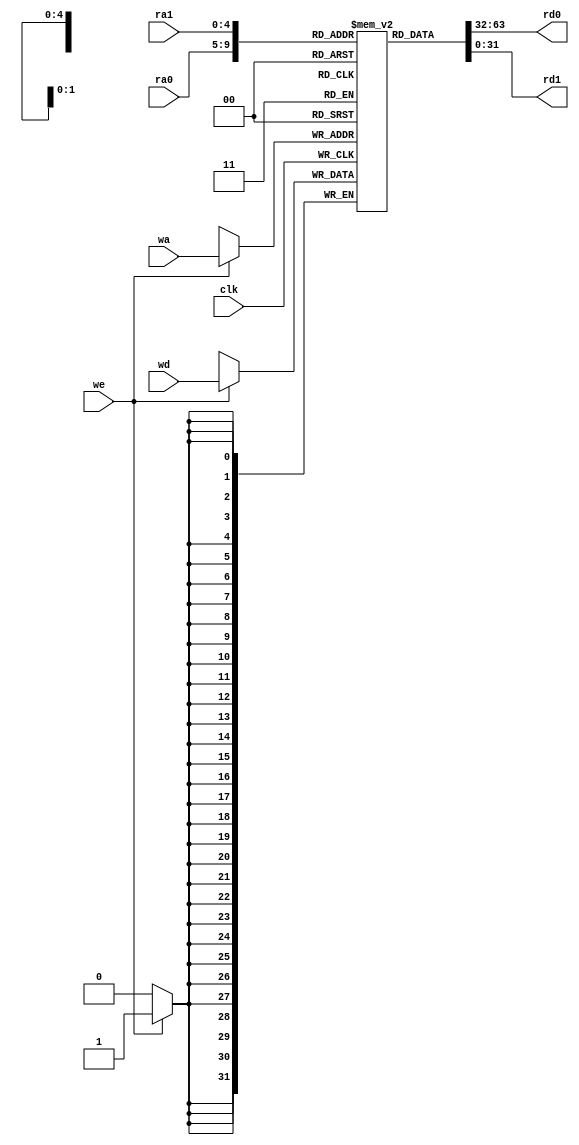
`timescale 1ns / 1ps
//////////////////////////////////////////////////////////////////////////////////
// Company: 
// Engineer: 
// 
// Design Name: 
// Module Name: Register_File
// Project Name: 
// Target Devices: 
// Tool Versions: 
// Description: 
// 
// Dependencies: 
// 
// Revision:
// Revision 0.01 - File Created
// Additional Comments:
// 
//////////////////////////////////////////////////////////////////////////////////


module Register_File
  #(parameter WIDTH=32)
   (
    input clk,                 //clock
    input [4:0] ra0,           //0
    output [WIDTH-1:0] rd0,    //0
    input [4:0] ra1,           //1
    output [WIDTH-1:0] rd1,   //1
    input [4:0] wa,           //
    input we,                 //
    input [WIDTH-1:0] wd      //
    );    // 
    
    reg [WIDTH-1:0] register[31:0];
    
     always @(posedge clk)begin
        if(we)begin
            register [wa] <= wd;
        end
    end
    
    assign rd0 = register[ra0];
    assign rd1 = register[ra1];


endmodule